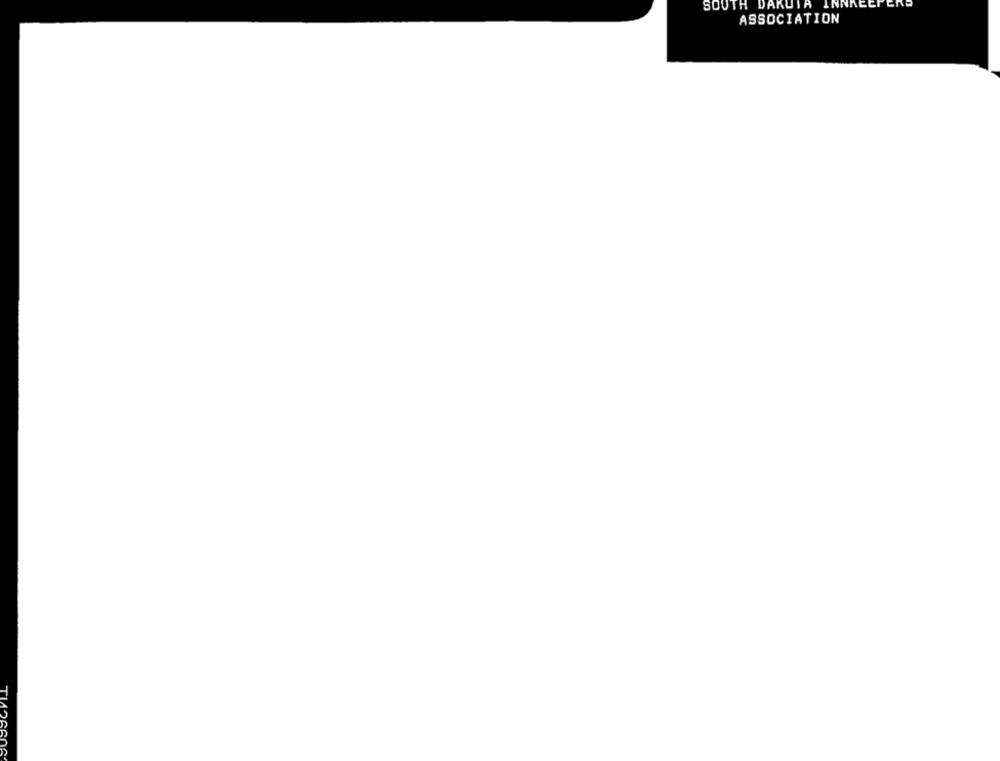
SOUTH DAKUTA
IN
ASSOCIATION
TI